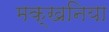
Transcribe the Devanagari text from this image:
मक्खनिया